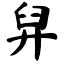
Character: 舁